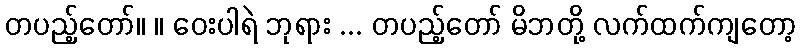
တပည့်တော်။ ။ ဝေးပါရဲ ဘုရား ... တပည့်တော် မိဘတို့ လက်ထက်ကျတော့